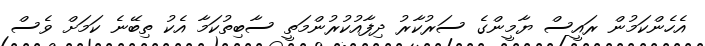
އެހެންކަމުން ރައީސް ޔާމީންގެ ސަރުކާރު ދިފާއުކުރުންމަތީ ސާބިތުކަމާ އެކު ތިބޭނެ ކަމަށް ވެސް